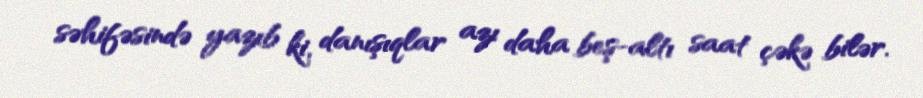
səhifəsində yazıb ki, danışıqlar azı daha beş-altı saat çəkə bilər.